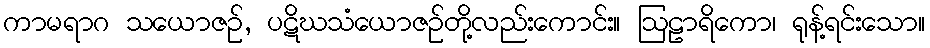
ကာမရာဂ သယောဇဉ်, ပဋိဃသံယောဇဉ်တို့လည်းကောင်း။ ဩဠာရိကော၊ ရုန့်ရင်းသော။